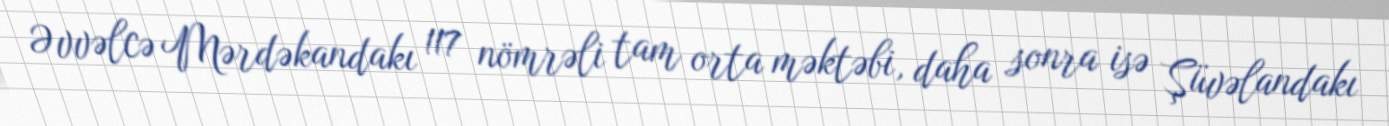
Əvvəlcə Mərdəkandakı 117 nömrəli tam orta məktəbi, daha sonra isə Şüvəlandakı